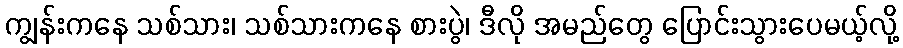
ကျွန်းကနေ သစ်သား၊ သစ်သားကနေ စားပွဲ၊ ဒီလို အမည်တွေ ပြောင်းသွားပေမယ့်လို့